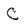
Character: C